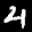
Label: 4